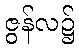
ဇွန်လ၌